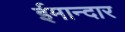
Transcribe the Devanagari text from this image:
ईमान्दार